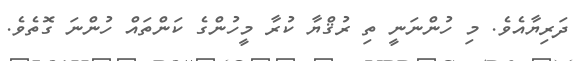
ދަރިޔާއެވެ. މި ހުންނަނީ ތި ރުޤްޔާ ކުރާ މީހުންގެ ކަންތައް ހުންނަ ގޮތެވެ.